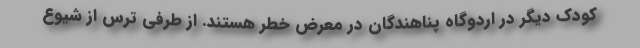
کودک دیگر در اردوگاه پناهندگان در معرض خطر هستند. از طرفی ترس از شیوع